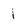
Character: 1